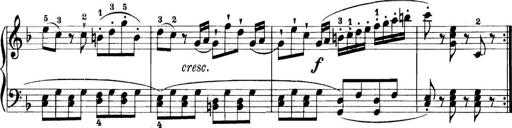
Title: 11 Sonatinas
Composer: Anton Diabelli